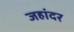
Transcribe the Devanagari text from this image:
जहांदर